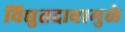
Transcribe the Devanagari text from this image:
विद्युतदाबामुळे